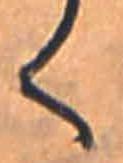
く